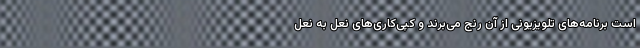
است برنامه‌های تلویزیونی از آن رنج می‌برند و کپی‌کاری‌های نعل به نعل